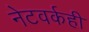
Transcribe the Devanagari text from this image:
नेटवर्कही